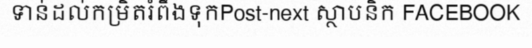
ទាន់ដល់កម្រិតរំពឹងទុកPost-next ស្ថាបនិក FACEBOOK